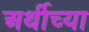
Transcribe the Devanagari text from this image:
अर्थीच्या